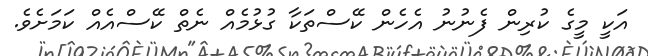
އަކީ މީގެ ކުރިން ފެނުނު އެހެން ކޭސްތަކާ ގުޅުމެއް ނެތް ކޭސްއެއް ކަމަށެވެ.